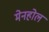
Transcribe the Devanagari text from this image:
मेनहोल